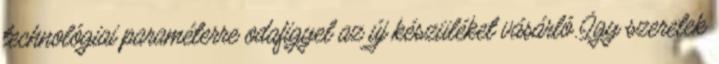
technológiai paraméterre odafigyel az új készüléket vásárló. Így szeretek